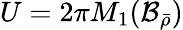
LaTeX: U=2\pi M_{1}(\mathcal{B}_{\bar{\rho}})